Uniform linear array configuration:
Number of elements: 32
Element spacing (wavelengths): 0.5
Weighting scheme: uniform
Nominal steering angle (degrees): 60
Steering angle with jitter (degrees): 60.567
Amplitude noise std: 0.05
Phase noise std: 0.05

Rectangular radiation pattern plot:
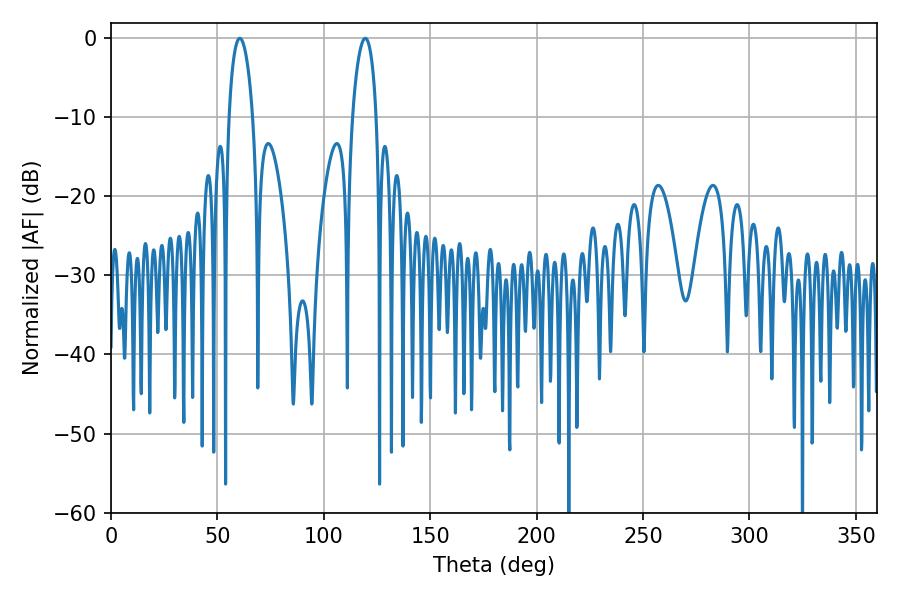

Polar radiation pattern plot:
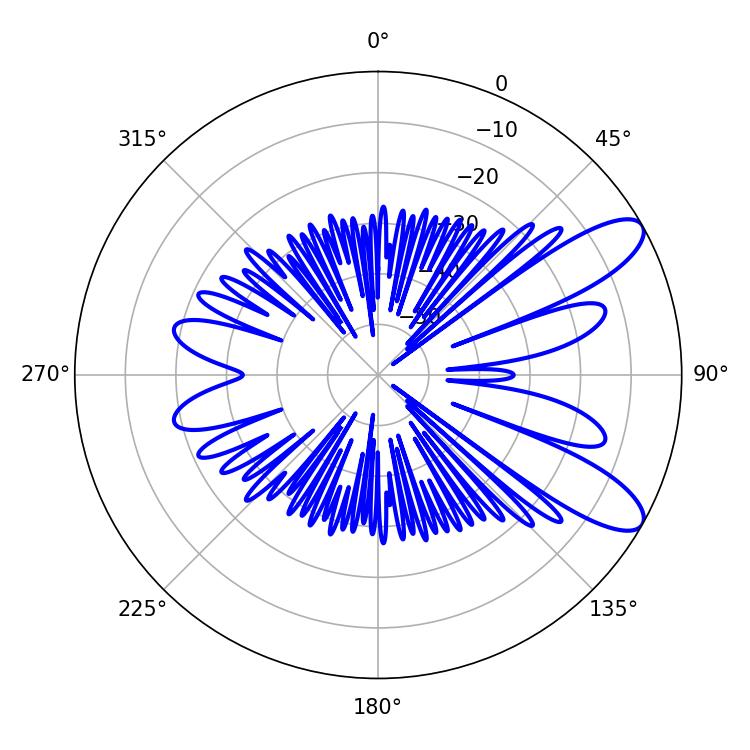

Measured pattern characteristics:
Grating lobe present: FALSE
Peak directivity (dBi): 9.716
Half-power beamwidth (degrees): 6.48
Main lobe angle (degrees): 60.48